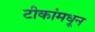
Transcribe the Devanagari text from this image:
टीकांमधून